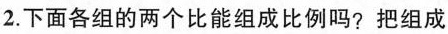
2. 下面各组的两个比能组成比例吗? 把组成